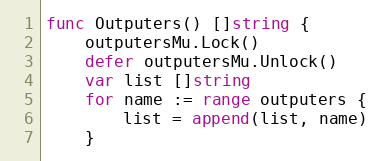
Language: Go
func Outputers() []string {
	outputersMu.Lock()
	defer outputersMu.Unlock()
	var list []string
	for name := range outputers {
		list = append(list, name)
	}